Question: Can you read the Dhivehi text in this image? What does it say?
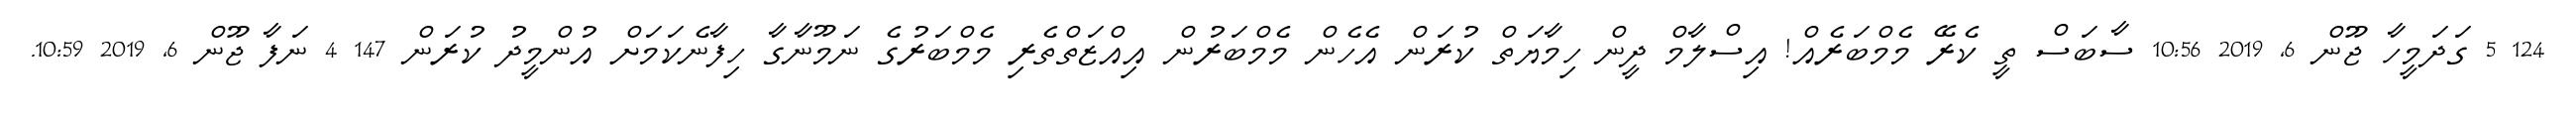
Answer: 124 5 ގަދަމީހާ ޖޫން 6, 2019 10:56 ސާބަސް ތީ ކެރޭ މެމްބަރެއް! އިސްލާމް ދީން ހިމާޔަތް ކުރަން އެހެން މެމްބަރުން އިއްޒަތްތެރި މެމްބަރުގެ ނަމޫނާގާ ހިފާނެކަމަށް އުންމީދު ކުރަން 147 4 ނަފާ ޖޫން 6, 2019 10:59.